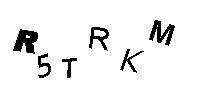
R5TRKM